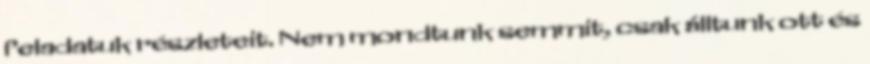
feladatuk részleteit. Nem mondtunk semmit, csak álltunk ott és